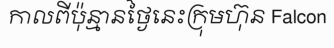
កាលពីប៉ុន្មានថ្ងៃនេះក្រុមហ៊ុន Falcon